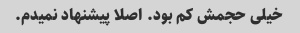
خیلی حجمش کم بود. اصلا پیشنهاد نمیدم.